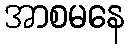
အာစမနေ